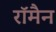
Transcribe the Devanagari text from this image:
रॉमैन